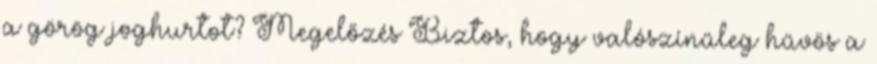
a görög joghurtot? Megelőzés Biztos, hogy valószínűleg hűvös a